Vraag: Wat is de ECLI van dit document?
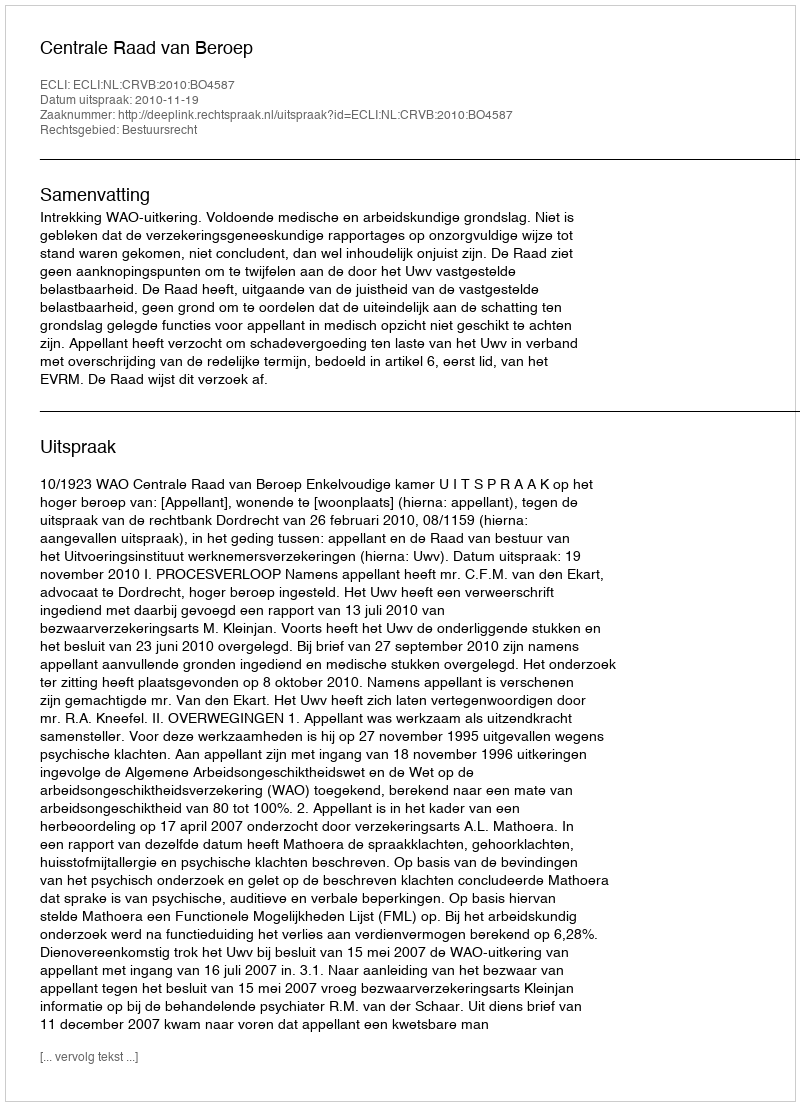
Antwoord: ECLI:NL:CRVB:2010:BO4587